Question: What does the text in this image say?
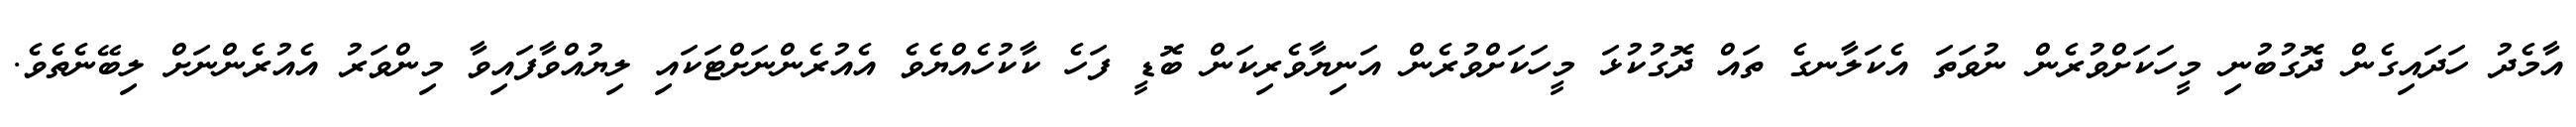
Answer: އާމެދު ހަދައިގެން ދޮގުބުނި މީހަކަށްވުރެން ނުވަތަ އެކަލާނގެ ތައް ދޮގުކުޅަ މީހަކަށްވުރެން އަނިޔާވެރިކަން ބޮޑީ ފަހެ ކާކުހެއްޔެވެ އެއުރެންނަށްޓަކައި ލިޔުއްވާފައިވާ މިންވަރު އެއުރެންނަށް ލިބޭނެތެވެ.